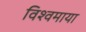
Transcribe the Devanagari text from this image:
विश्वमाया